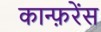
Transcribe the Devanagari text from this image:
कान्फ़रेंस